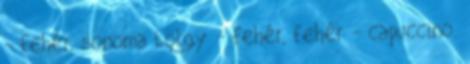
- fehér, sonoma tölgy - fehér, fehér - capuccino.